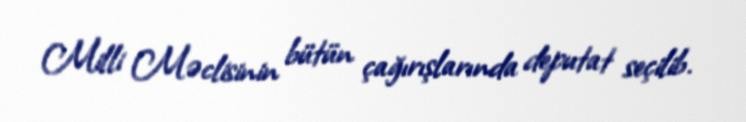
Milli Məclisinin bütün çağırışlarında deputat seçilib.